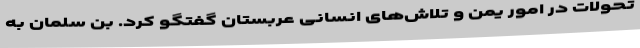
تحولات در امور یمن و تلاش‌های انسانی عربستان گفتگو کرد. بن سلمان به